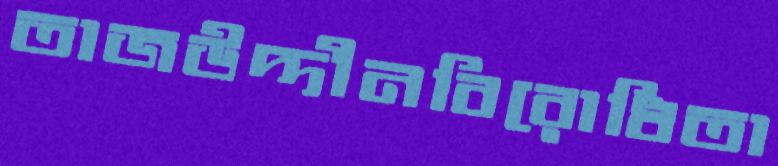
তাজউদ্দীনবিরোধিতা